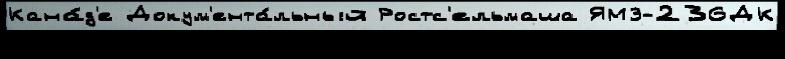
Кана́д'е Докум'ента́льный Ростс'ельмаша ЯМЗ-236ДК